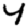
Digit: 4